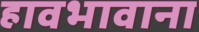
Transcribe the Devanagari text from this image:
हावभावाना